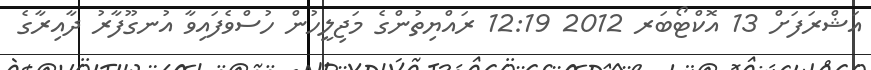
އަޝްރަފަށް 13 އޮކްޓޯބަރ 2012 12:19 ރައްޔިތުންގެ މަޖިލީހުން ހުސްވެފައިވާ އުނގޫފާރު ދާއިރާގެ